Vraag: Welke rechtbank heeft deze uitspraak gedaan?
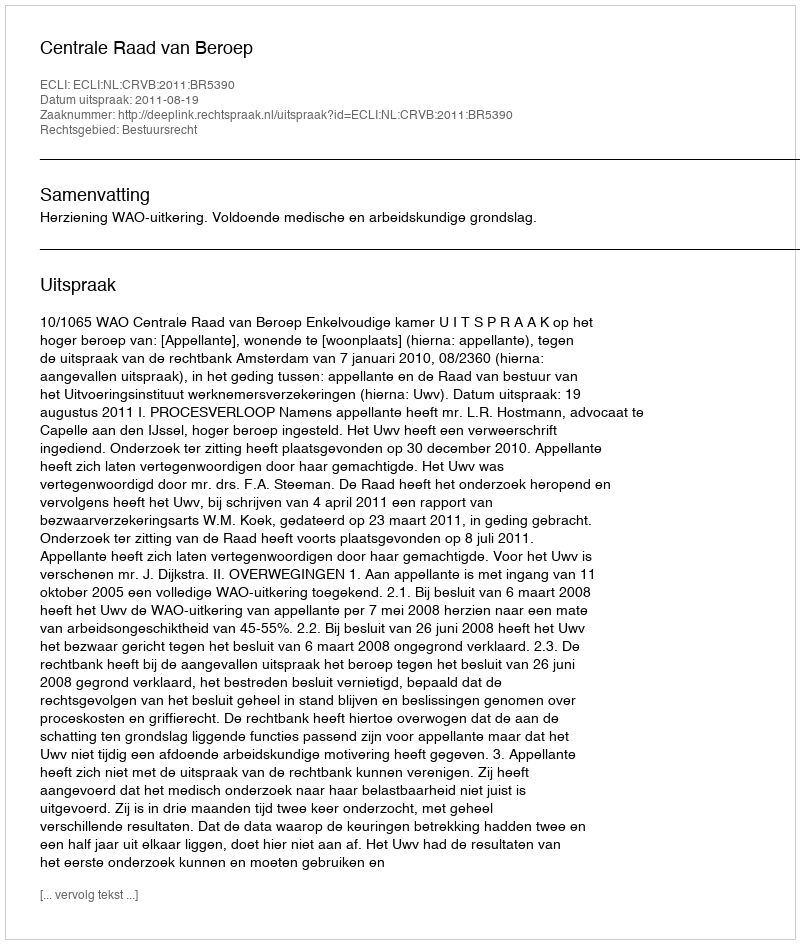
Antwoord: Centrale Raad van Beroep